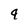
Character: 9